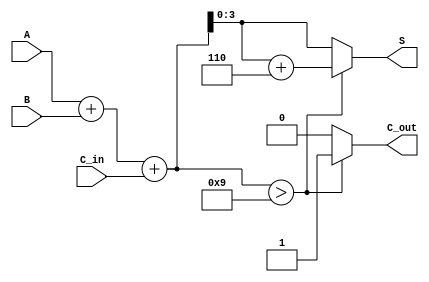
module BCD_Carry_Lookahead_Adder (
    input [3:0] A,        // BCD digit A
    input [3:0] B,        // BCD digit B
    input C_in,           // Carry-in signal
    output reg [3:0] S,   // BCD sum output
    output reg C_out      // Carry-out signal
);

    wire [4:0] S_temp;    // Temporary sum (5 bits to accommodate carry)
    wire C1, C2, C3, C4;  // Carry signals

    // Initial sum calculation
    assign S_temp = A + B + C_in;

    // Carry generation logic
    assign C1 = A[0] & B[0] | (A[0] ^ B[0]) & C_in;
    assign C2 = A[1] & B[1] | (A[1] ^ B[1]) & C1;
    assign C3 = A[2] & B[2] | (A[2] ^ B[2]) & C2;
    assign C4 = A[3] & B[3] | (A[3] ^ B[3]) & C3;

    // Determine carry-out and adjust sum if necessary
    always @(*) begin
        if (S_temp > 9) begin
            C_out = 1;           // Set carry-out if sum exceeds BCD limit
            S = S_temp + 6;      // Adjust sum by adding 6
        end else begin
            C_out = 0;           // No carry-out
            S = S_temp[3:0];     // Use lower 4 bits of the sum
        end
    end

endmodule